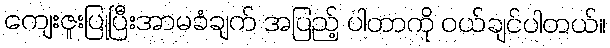
ကျေးဇူးပြုပြီးအာမခံချက် အပြည့် ပါတာကို ဝယ်ချင်ပါတယ်။